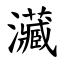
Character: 㶓